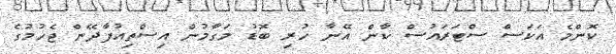
ކޮންމެ އަކަސް ސްޓަރައުސް ކާން އޭނާ ހުރި ބޮޑު މަގާމުން އިސްތިއުފާދޭން ޖެހުމުގެ